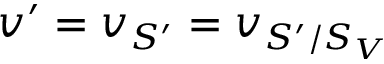
v ^ { \prime } = v _ { S ^ { \prime } } = v _ { S ^ { \prime } / S _ { V } }